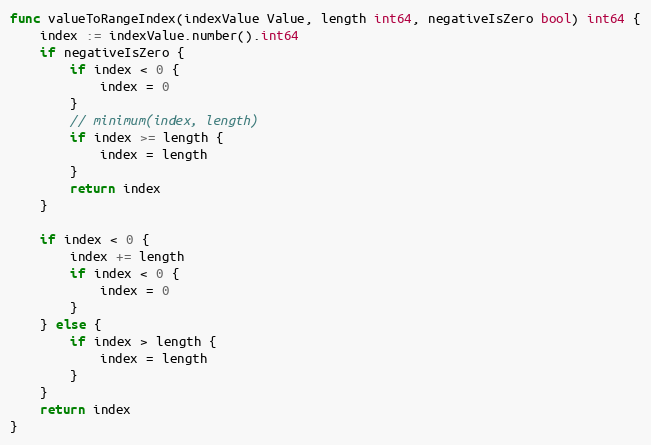
Language: Go
func valueToRangeIndex(indexValue Value, length int64, negativeIsZero bool) int64 {
	index := indexValue.number().int64
	if negativeIsZero {
		if index < 0 {
			index = 0
		}
		// minimum(index, length)
		if index >= length {
			index = length
		}
		return index
	}

	if index < 0 {
		index += length
		if index < 0 {
			index = 0
		}
	} else {
		if index > length {
			index = length
		}
	}
	return index
}